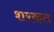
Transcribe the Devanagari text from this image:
शरकत